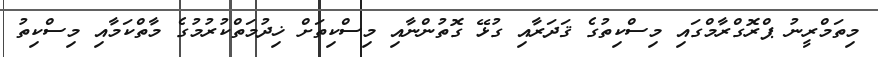
މިތަމްރީނު ޕްރޮގްރާމްގައި މިސްކިތުގެ ޤަދަރާއި ގުޅޭ ގޮތުންނާއި މިސްކިތަށް ޚިދުމަތްކުރުމުގެ މާތްކަމާއި މިސްކިތު